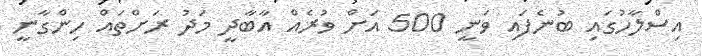
އިސްލާހުގައި ބުނެފައި ވަނީ 500 އަށް ވުރެއް އާބާދީ މަދު ރަށްތައް ހިންގާނީ